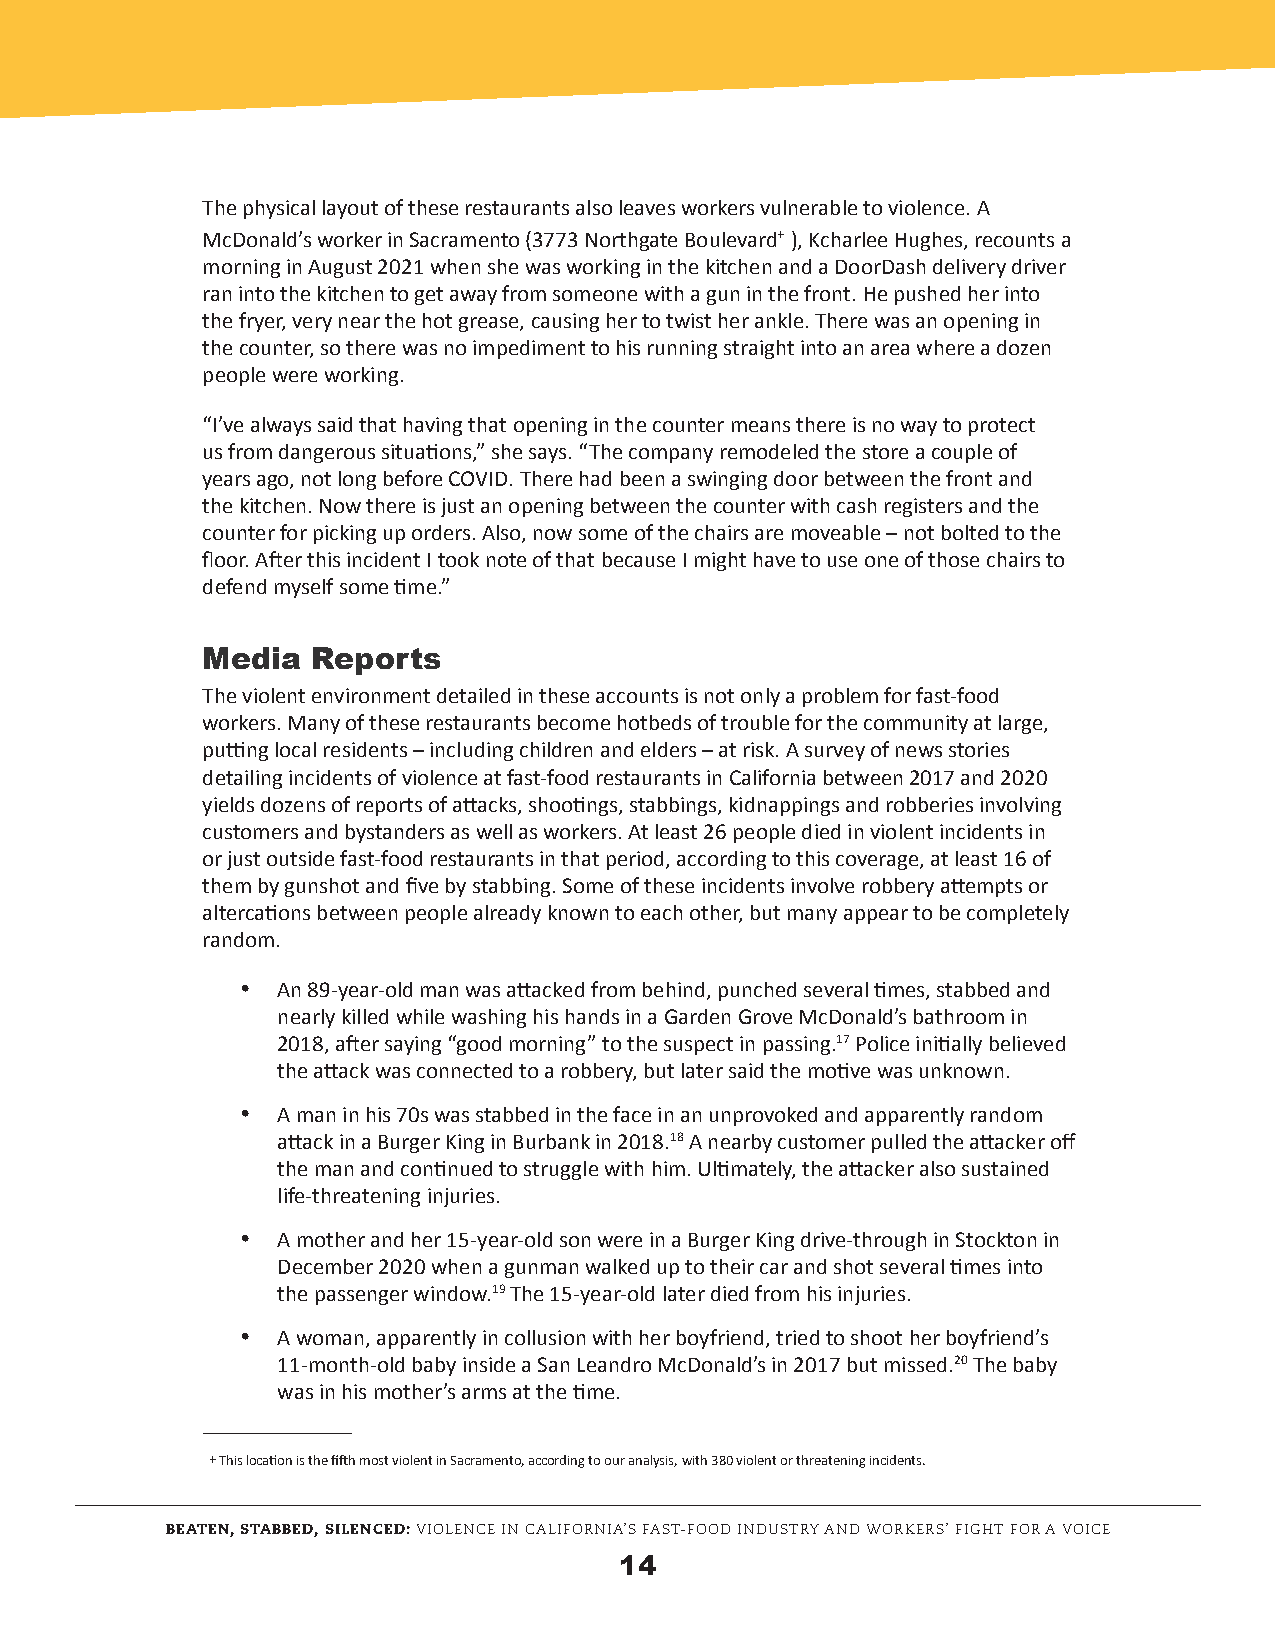
The physical layout of these restaurants also leaves workers vulnerable to violence. A
 McDonald’s worker in Sacramento (3773 Northgate Boulevard+ ), Kcharlee Hughes, recounts a
 morning in August 2021 when she was working in the kitchen and a DoorDash delivery driver
 ran into the kitchen to get away from someone with a gun in the front. He pushed her into
 the fryer, very near the hot grease, causing her to twist her ankle. There was an opening in
 the counter, so there was no impediment to his running straight into an area where a dozen
 people were working.
 “I’ve always said that having that opening in the counter means there is no way to protect
 us from dangerous situations,” she says. “The company remodeled the store a couple of
 years ago, not long before COVID. There had been a swinging door between the front and
 the kitchen. Now there is just an opening between the counter with cash registers and the
 counter for picking up orders. Also, now some of the chairs are moveable – not bolted to the
 floor. After this incident I took note of that because I might have to use one of those chairs to
 defend myself some time.”
 Media   Reports
 The violent environment detailed in these accounts is not only a problem for fast-food
 workers. Many of these restaurants become hotbeds of trouble for the community at large,
 putting local residents – including children and elders – at risk. A survey of news stories
 detailing incidents of violence at fast-food restaurants in California between 2017 and 2020
 yields dozens of reports of attacks, shootings, stabbings, kidnappings and robberies involving
 customers and bystanders as well as workers. At least 26 people died in violent incidents in
 or just outside fast-food restaurants in that period, according to this coverage, at least 16 of
 them by gunshot and five by stabbing. Some of these incidents involve robbery attempts or
 altercations between people already known to each other, but many appear to be completely
 random.
 · An 89-year-old man was attacked from behind, punched several times, stabbed and
 nearly killed while washing his hands in a Garden Grove McDonald’s bathroom in
 2018, after saying “good morning” to the suspect in passing.17 Police initially believed
 the attack was connected to a robbery, but later said the motive was unknown.
 · A man in his 70s was stabbed in the face in an unprovoked and apparently random
 attack in a Burger King in Burbank in 2018.18 A nearby customer pulled the attacker off
 the man and continued to struggle with him. Ultimately, the attacker also sustained
 life-threatening injuries.
 · A mother and her 15-year-old son were in a Burger King drive-through in Stockton in
 December 2020 when a gunman walked up to their car and shot several times into
 the passenger window.19 The 15-year-old later died from his injuries.
 · A woman, apparently in collusion with her boyfriend, tried to shoot her boyfriend’s
 11-month-old baby inside a San Leandro McDonald’s in 2017 but missed.20 The baby
 was in his mother’s arms at the time.
 + This location is the fifth most violent in Sacramento, according to our analysis, with 380 violent or threatening incidents.
 BEATEN, STABBED, SILENCED: VIOLENCE IN CALIFORNIA’S FAST-FOOD INDUSTRY AND WORKERS’ FIGHT FOR A VOICE
 14